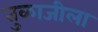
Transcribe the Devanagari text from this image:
तुळाजीला